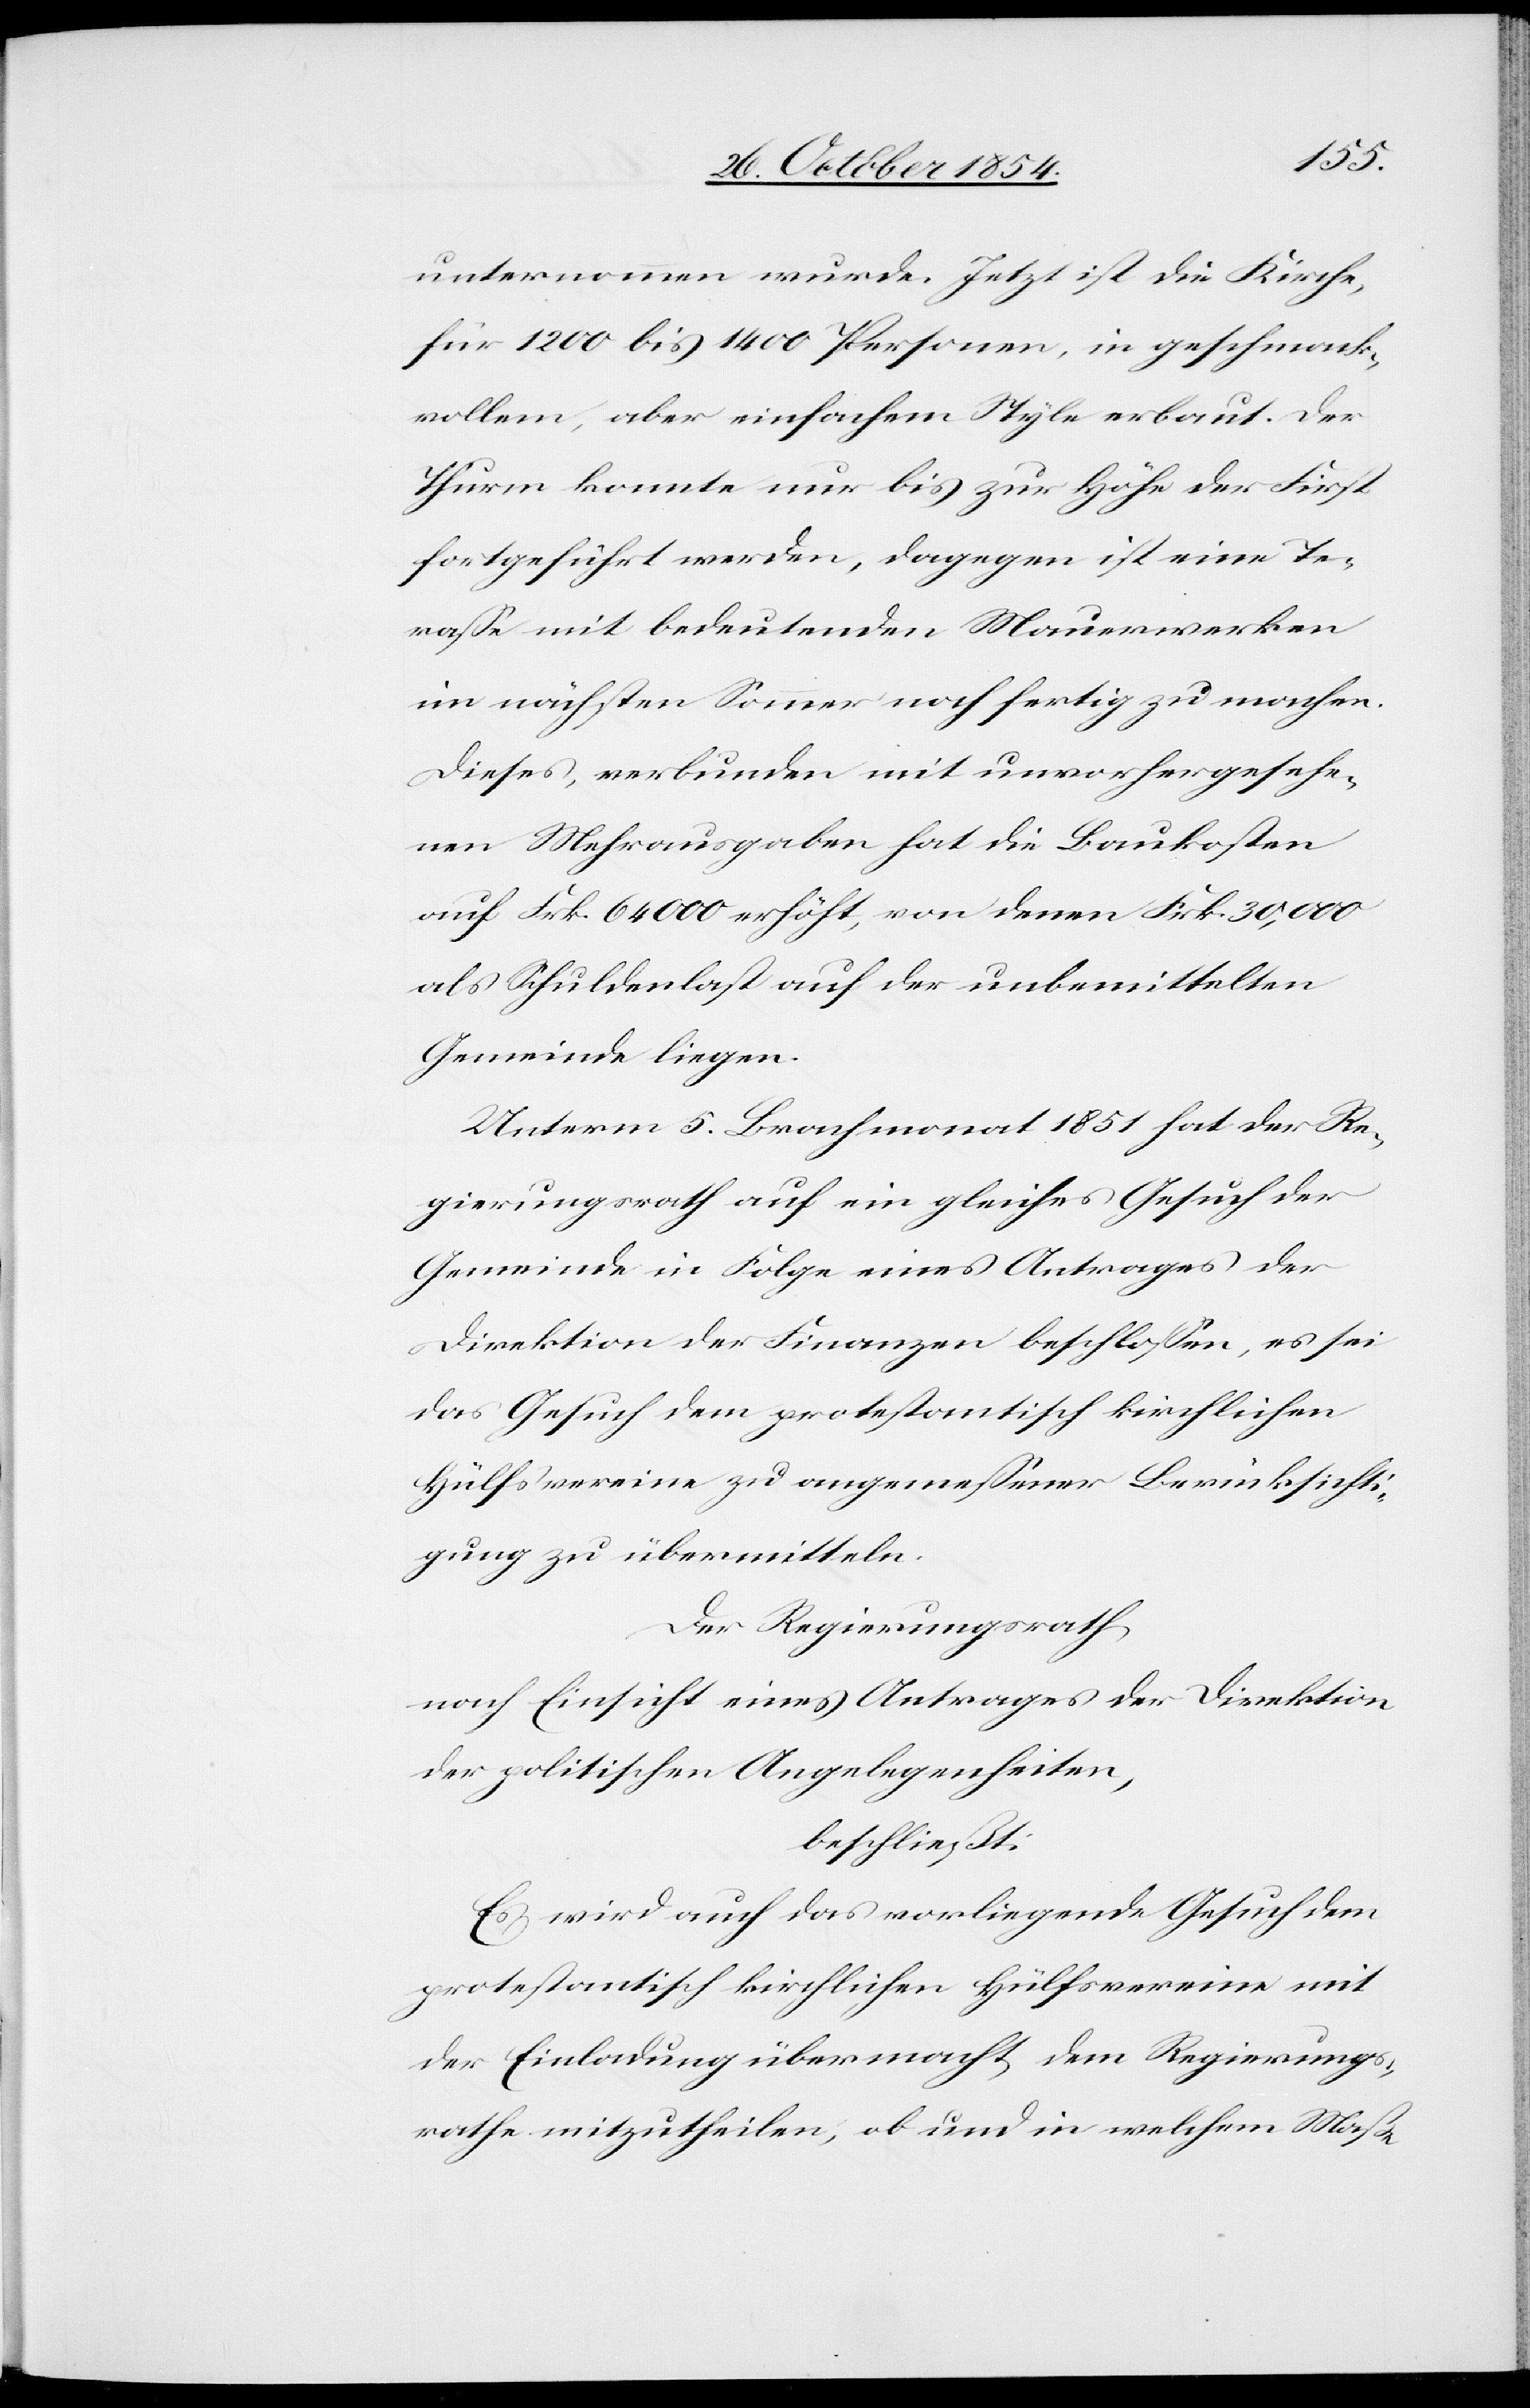
unternommen wurde. Jetzt ist die Kirche,
für 1200 bis 1400 Personen, in geschmack¬
vollem, aber einfachem Style erbaut. Der
Thurm konnte nur bis zur Höhe der First
fortgeführt werden, dagegen ist eine Te¬
raße mit bedeutenden Mauerwerken
im nächsten Sommer noch fertig zu machen.
Dieses, verbunden mit unvorhergesehe¬
nen Mehrausgaben hat die Baukosten
auf Frk. 64 000 erhöht, von denen Frk. 30,000
als Schuldenlast auf der unbemittelten
Gemeinde liegen.
Unterm 5. Brachmonat 1851 hat der Re¬
gierungsrath auf ein gleiches Gesuch der
Gemeinde in Folge eines Antrages der
Direktion der Finanzen beschloßen, es sei
das Gesuch dem protestantisch kirchlichen
Hülfsvereine zu angemeßener Berücksichti¬
gung zu übermitteln.
Der Regierungsrath
nach Einsicht eines Antrages der Direktion
der politischen Angelegenheiten,
beschließt:
Es wird auch das vorliegende Gesuch dem
protestantisch kirchlichen Hülfsvereine mit
der Einladung übermacht, dem Regierungs¬
rathe mitzutheilen, ob und in welchem Maße